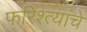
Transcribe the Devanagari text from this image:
फरिश्त्यांचे